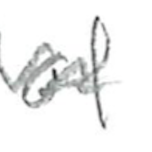
Text: of
Cross-out: wave
Writing tool: pencil